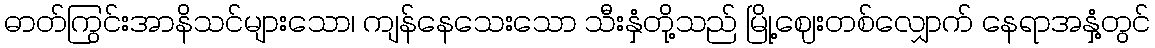
ဓာတ်ကြွင်းအာနိသင်များသော၊ ကျန်နေသေးသော သီးနှံတို့သည် မြို့ဈေးတစ်လျှောက် နေရာအနှံ့တွင်